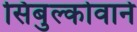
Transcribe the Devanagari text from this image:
सिबुल्कोवाने